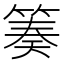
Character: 𥯪